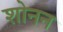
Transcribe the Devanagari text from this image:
शोनन